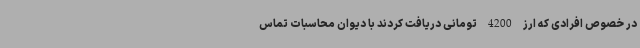
در خصوص افرادی که ارز 4200 تومانی دریافت کردند با دیوان محاسبات تماس